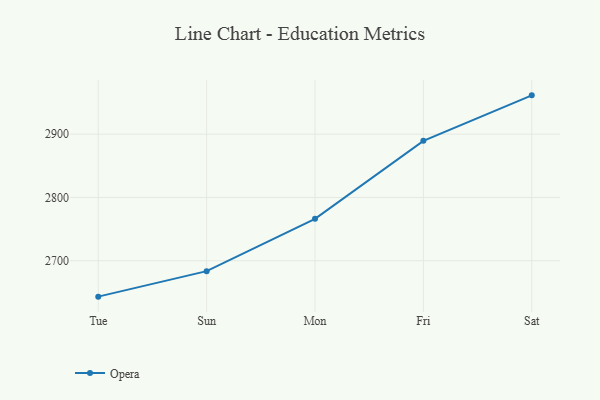
{"axis": {"x": "Day", "y": "Operating Costs (USD K)"}, "legend": ["Opera"], "data": [{"x": "Tue", "y": 2643.2, "type": "Opera"}, {"x": "Sun", "y": 2683.5, "type": "Opera"}, {"x": "Mon", "y": 2766.2, "type": "Opera"}, {"x": "Fri", "y": 2889.5, "type": "Opera"}, {"x": "Sat", "y": 2961.4, "type": "Opera"}]}